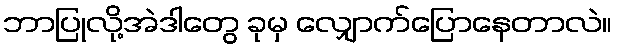
ဘာပြုလို့အဲဒါတွေ ခုမှ လျှောက်ပြောနေတာလဲ။